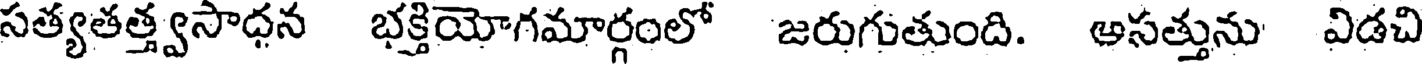
సత్యతత్త్వసాధన భక్తియోగమార్గంలో జరుగుతుంది. అసత్తును విడచి